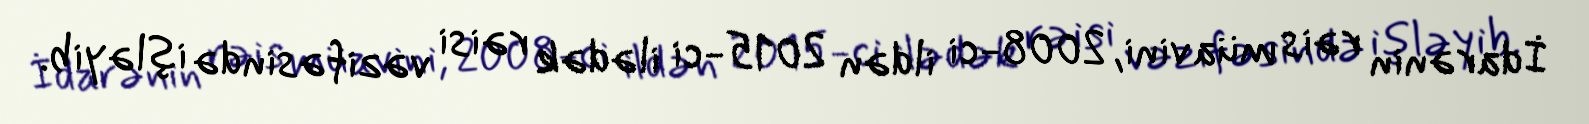
İdarənin rəis müavini, 2008-ci ildən 2015-ci ilədək rəisi vəzifəsində işləyib.